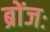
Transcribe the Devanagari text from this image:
ब्रोंजः